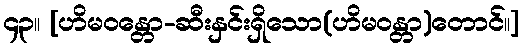
၄၃။ [ဟိမဝန္တော-ဆီးနှင်းရှိသော(ဟိမဝန္တာ)တောင်။]